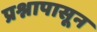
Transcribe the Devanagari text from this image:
प्रश्नापासून